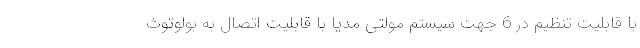
با قابلیت تنظیم در 6 جهت سیستم مولتی مدیا با قابلیت اتصال به بولوتوث